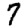
Digit: 7